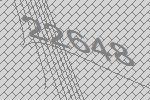
22648